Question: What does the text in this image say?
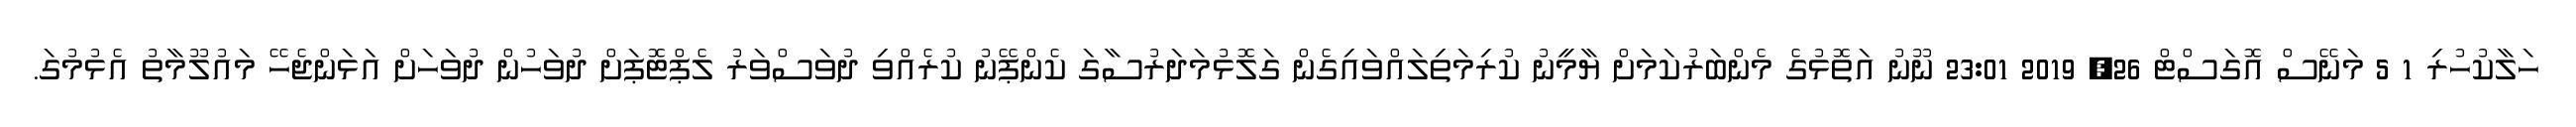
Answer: ހަލާކުހުރި 1 5 މަނޭސް އޮގަސްޓް 26, 2019 23:01 ނޫނު އަތޮޅުގެ މެންބަރުކަމަށް ޔާމީނު ކުރިމަތިލައްވައިގެން ގަލޮޅުމަދަރުސާގަ ކެންޕޭނު ކުރެއްވި ދުވަސްވަރު ލެޕްޓޮޕަށް ދުވަހުން ދުވަހަށް އަޅަންޖެހޭ މައުލޫމާތު އެޅުމުގަ.